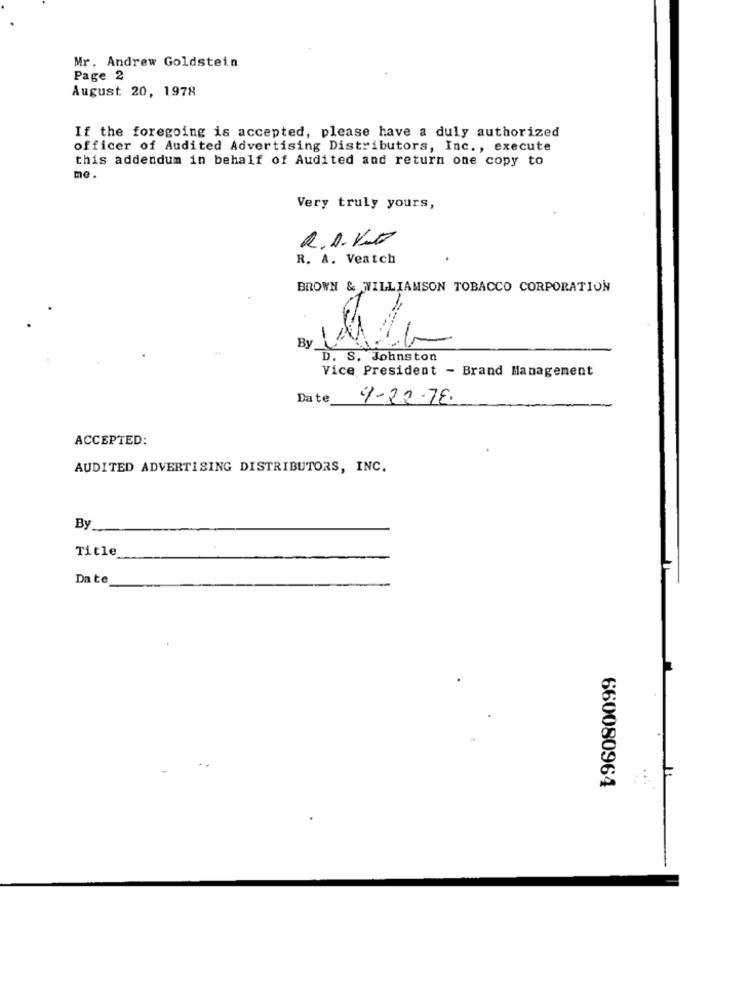
Mr. Andrew Goldstein
Page 2
August 20, 1978
If the foregoing is accepted, please have a duly authorized
officer of Audited Advertising Distributors, Inc ., execute
this addendum in behalf of Audited and return one copy to
me.
Very truly yours,
R.O.V.T
R. A. Veatch
BROWN & WILLIAMSON TOBACCO CORPORATION
By
D. S. Johnston
Vice President - Brand Management
Date
9-22-78.
ACCEPTED:
AUDITED ADVERTISING DISTRIBUTORS, INC.
By
Title
Da te
660080964